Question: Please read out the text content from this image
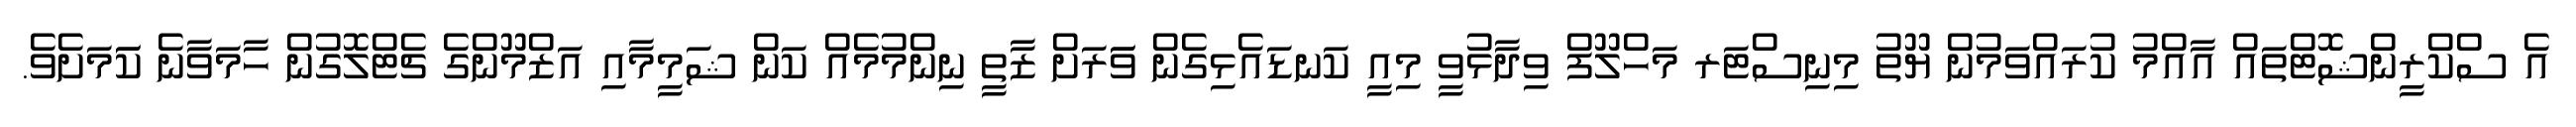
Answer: އެ ސްކްރީންޝޮޓްތައް އާއްމު ކުރައްވަމުން ޔޫތު މިނިސްޓަރ މަހްލޫފް ވިދާޅުވީ މިއީ ކަނޑައެޅިގެން ވަަރަށް ޒާތީ ނިންމުމެއް ކަން ޝަމީމާއި އަޒްމޫންގެ ޗެޓްލޮގުން ހާމަވާނެ ކަަމަށެވެ.